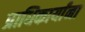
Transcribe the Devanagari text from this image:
प्राधिकार्यांना